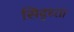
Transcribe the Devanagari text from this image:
सिद्ध्ता